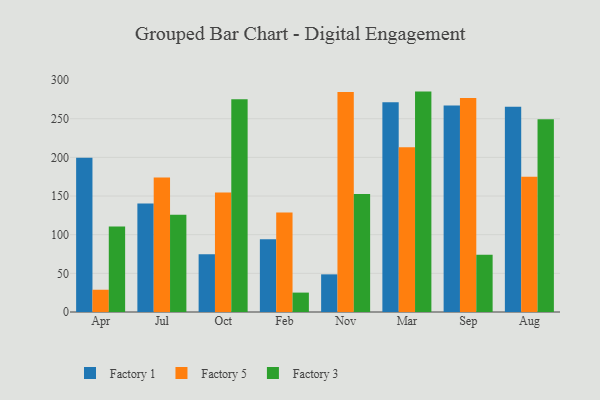
{"axis": {"x": "Month", "y": "Inventory Turnover"}, "legend": ["Factory 1", "Factory 3", "Factory 5"], "data": [{"x": "Apr", "y": 199.4, "type": "Factory 1"}, {"x": "Apr", "y": 28.8, "type": "Factory 5"}, {"x": "Apr", "y": 110.7, "type": "Factory 3"}, {"x": "Jul", "y": 140.4, "type": "Factory 1"}, {"x": "Jul", "y": 173.9, "type": "Factory 5"}, {"x": "Jul", "y": 125.8, "type": "Factory 3"}, {"x": "Oct", "y": 74.8, "type": "Factory 1"}, {"x": "Oct", "y": 154.7, "type": "Factory 5"}, {"x": "Oct", "y": 275.3, "type": "Factory 3"}, {"x": "Feb", "y": 94.1, "type": "Factory 1"}, {"x": "Feb", "y": 128.7, "type": "Factory 5"}, {"x": "Feb", "y": 25.1, "type": "Factory 3"}, {"x": "Nov", "y": 48.7, "type": "Factory 1"}, {"x": "Nov", "y": 284.5, "type": "Factory 5"}, {"x": "Nov", "y": 152.8, "type": "Factory 3"}, {"x": "Mar", "y": 271.3, "type": "Factory 1"}, {"x": "Mar", "y": 213.2, "type": "Factory 5"}, {"x": "Mar", "y": 285.1, "type": "Factory 3"}, {"x": "Sep", "y": 267.0, "type": "Factory 1"}, {"x": "Sep", "y": 276.8, "type": "Factory 5"}, {"x": "Sep", "y": 74.1, "type": "Factory 3"}, {"x": "Aug", "y": 265.6, "type": "Factory 1"}, {"x": "Aug", "y": 174.8, "type": "Factory 5"}, {"x": "Aug", "y": 249.4, "type": "Factory 3"}]}